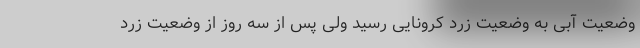
وضعیت آبی به وضعیت زرد کرونایی رسید ولی پس از سه روز از وضعیت زرد